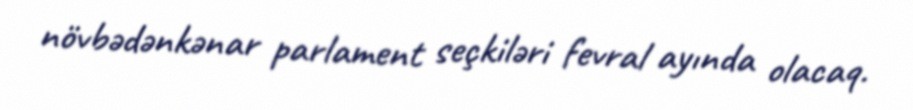
növbədənkənar parlament seçkiləri fevral ayında olacaq.